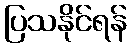
ပြသနိုင်ရန်